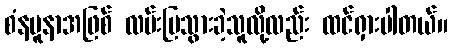
စံနမူနာအဖြစ် လမ်းပြသွားခဲ့သူလို့လည်း ထင်ရှားပါတယ်။